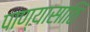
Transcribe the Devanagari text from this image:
पाण्यासाठि